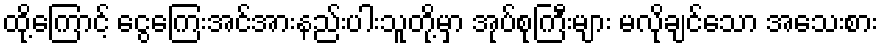
ထို့ကြောင့် ငွေကြေးအင်အားနည်းပါးသူတို့မှာ အုပ်စုကြီးများ မလိုချင်သော အသေးစား